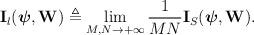
LaTeX: \begin{align*}\begin{aligned}{\textbf{I}}_l(\boldsymbol{\psi} ,{{\bf{W}}}) \triangleq \lim\limits_{M,N \to + \infty } \frac{1}{MN}{\textbf{I}_S}(\boldsymbol{\psi} ,{{\bf{W}}}).\end{aligned}\end{align*}